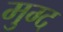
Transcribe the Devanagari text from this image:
मुग्द